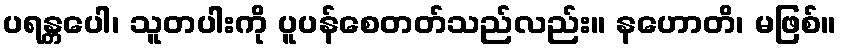
ပရန္တပေါ၊ သူတပါးကို ပူပန်စေတတ်သည်လည်း။ နဟောတိ၊ မဖြစ်။